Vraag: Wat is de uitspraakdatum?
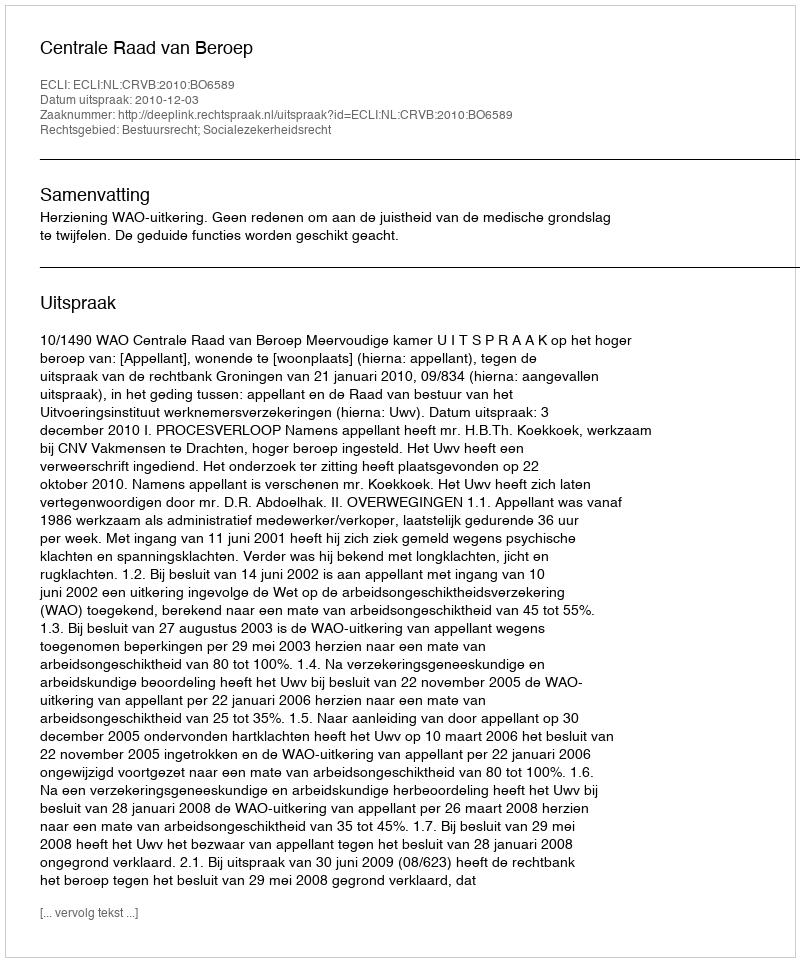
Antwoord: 2010-12-03